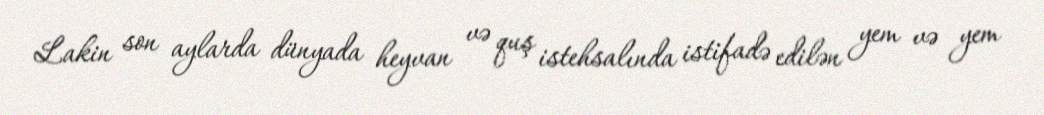
Lakin son aylarda dünyada heyvan və quş istehsalında istifadə edilən yem və yem